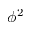
\phi ^ { 2 }